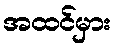
အထင်မှား